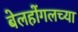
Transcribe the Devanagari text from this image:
बेलहोंगलच्या